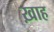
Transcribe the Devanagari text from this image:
ख़ाह